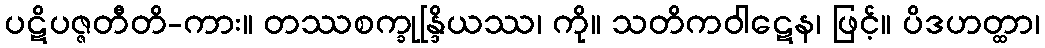
ပဋိပဇ္ဇတီတိ-ကား။ တဿစက္ခုန္ဒြိယဿ၊ ကို။ သတိကဝါဋေန၊ ဖြင့်။ ပိဒဟတ္ထာ၊